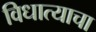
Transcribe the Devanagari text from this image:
विधात्याचा